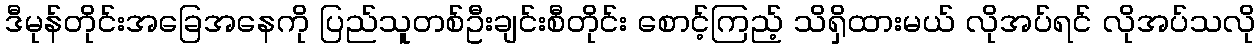
ဒီမုန်တိုင်းအခြေအနေကို ပြည်သူတစ်ဦးချင်းစီတိုင်း စောင့်ကြည့် သိရှိထားမယ် လိုအပ်ရင် လိုအပ်သလို